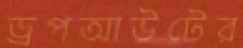
ড্রপআউটের